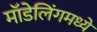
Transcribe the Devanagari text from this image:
मॉडेलिंगमध्ये